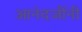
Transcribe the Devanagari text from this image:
आनंदजींनी